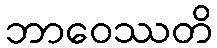
ဘာဝေဿတိ